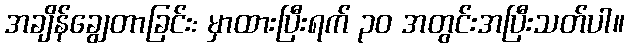
အချိန်ချွေတာခြင်း: မှာထားပြီးရက် ၃၀ အတွင်းအပြီးသတ်ပါ။